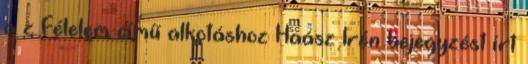
a z Félelem című alkotáshoz Haász Irén bejegyzést írt